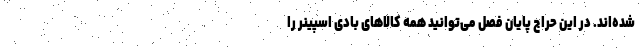
شده‌اند. در این حراج پایان فصل می‌توانید همه کالاهای بادی اسپینر را